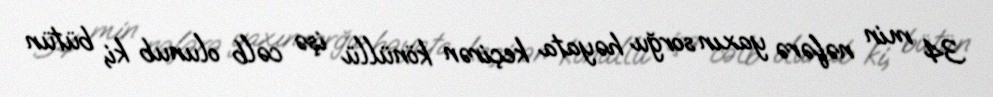
34 min nəfərə yaxın sorğu həyata keçirən könüllü işə cəlb olunub ki, bütün